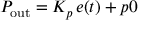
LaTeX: P _ { \mathrm { o u t } } = K _ { p } \, { e ( t ) + p 0 }